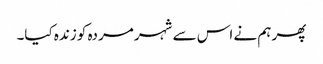
پھر ہم نے اس سے شہر مردہ کو زندہ کیا۔